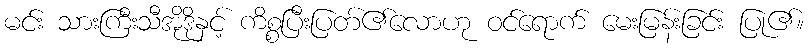
မင်း သားကြီးသီအိုဒိုနှင့် ကိစ္စပြီးပြတ်၏လောဟု ဝင်ရောက် မေးမြန်းခြင်း ပြု၏။